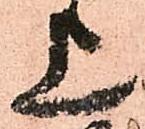
上